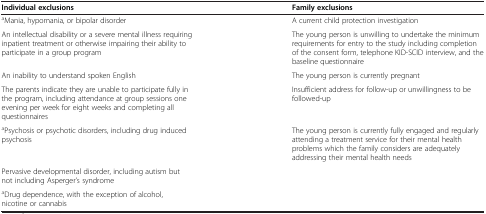
<table><thead><tr><td><b>Individual exclusions</b></td><td><b>Family exclusions</b></td></tr></thead><tbody><tr><td><sup>a</sup>Mania, hypomania, or bipolar disorder</td><td>A current child protection investigation</td></tr><tr><td>An intellectual disability or a severe mental illness requiring inpatient treatment or otherwise impairing their ability to participate in a group program</td><td>The young person is unwilling to undertake the minimum requirements for entry to the study including completion of the consent form, telephone KID-SCID interview, and the baseline questionnaire</td></tr><tr><td>An inability to understand spoken English</td><td>The young person is currently pregnant</td></tr><tr><td>The parents indicate they are unable to participate fully in the program, including attendance at group sessions one evening per week for eight weeks and completing all questionnaires</td><td>Insufficient address for follow-up or unwillingness to be followed-up</td></tr><tr><td><sup>a</sup>Psychosis or psychotic disorders, including drug induced psychosis</td><td>The young person is currently fully engaged and regularly attending a treatment service for their mental health problems which the family considers are adequately addressing their mental health needs</td></tr><tr><td>Pervasive developmental disorder, including autism but not including Asperger’s syndrome</td><td> </td></tr><tr><td><sup>a</sup>Drug dependence, with the exception of alcohol, nicotine or cannabis</td><td> </td></tr></tbody></table>